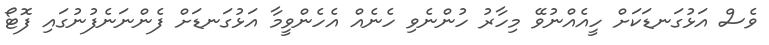
ވެސް އަޅުގަނޑަކަށް ހީއެއްނުވޭ މިހާރު ހުންނެވި ހެނެއް އެހެންވީމާ އަޅުގަނޑަށް ފެންނަނެފުނުގައި ފޮޓޯ